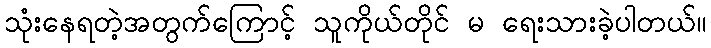
သုံးနေရတဲ့အတွက်ကြောင့် သူကိုယ်တိုင် မ ရေးသားခဲ့ပါတယ်။